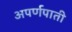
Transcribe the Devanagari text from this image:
अपर्णपाती